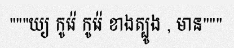
"""យ្យ កូរ៉េ កូរ៉េ ខាងត្បូង , មាន"""